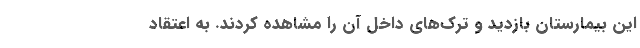
این بیمارستان بازدید و ترک‌های داخل آن را مشاهده کردند. به اعتقاد